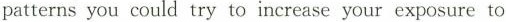
patterns you could try to increase your exposure to